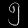
Digit: ၅